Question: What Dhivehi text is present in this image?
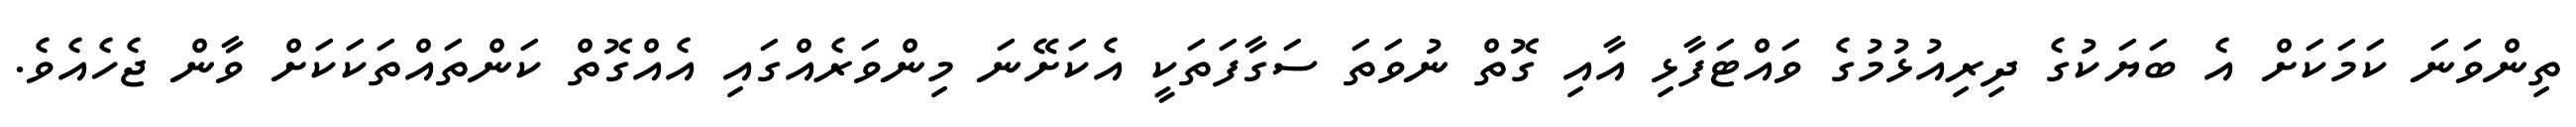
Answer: ތިންވަނަ ކަމަކަށް އެ ބަޔަކުގެ ދިރިއުޅުމުގެ ވައްޓަފާޅި އާއި ގޮތް ނުވަތަ ސަގާފަތަކީ އެކަށޭނަ މިންވަރެއްގައި އެއްގޮތް ކަންތައްތަކަކަށް ވާން ޖެހެއެވެ.